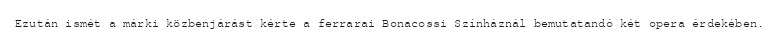
Ezután ismét a márki közbenjárást kérte a ferrarai Bonacossi Színháznál bemutatandó két opera érdekében.